King Institute of Preventive Medicine Micro-Biological Section reports 1912-19
Year: 1912
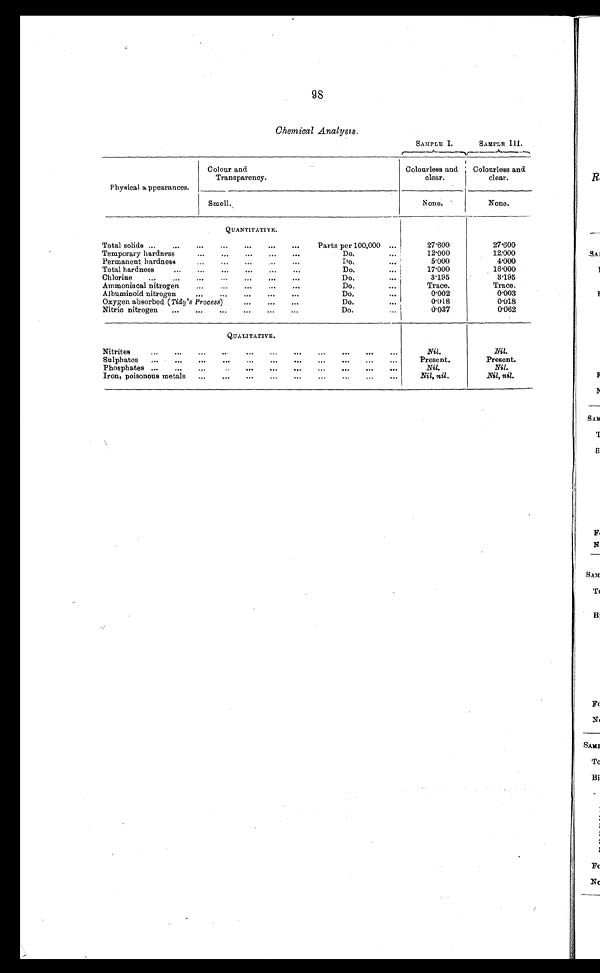
98
Chemical Analysis.
SAMPLE I.
SAMPLE III.
Physical appearances.
Colour and
Transparency.
Colourless and
clear.
Colourless and
clear.
Smell.
None.
None.
QUANTITATIVE.
Total solids
Parts per 100,000
27.600
27.600
Temporary hardness
Do.
12.000
12.000
Permanent hardness
Do.
5.000
4.000
Total hardness
Do.
17.000
16.000
Chlorine
Do.
3.195
3.195
Ammoniacal nitrogen
Do.
Trace.
Trace.
Albuminoid nitrogen
Do.
0.002
0.003
Oxygen absorbed (Tidy' s Process)
Do.
0.018
0.018
Nitric nitrogen
Do.
0.037
0.062
QUALITATIVE.
Nitrites
Nil.
Nil.
Sulphates
Present.
Present.
Phosphates
Nil.
Nil.
Iron, poisonous metals
Nil, nil.
Nil, nil.